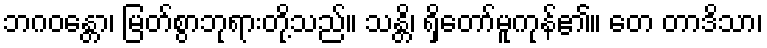
ဘဂဝန္တော၊ မြတ်စွာဘုရားတို့သည်။ သန္တိ၊ ရှိတော်မူကုန်၏။ တေ တာဒိသာ၊